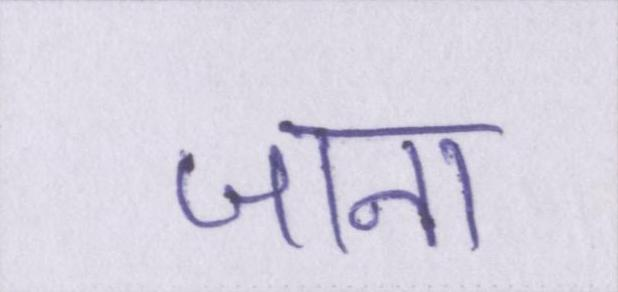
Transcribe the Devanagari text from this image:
जाना